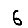
Digit: 6